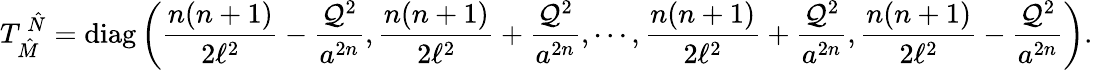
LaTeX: T_{\hat{M}}^{~\hat{N}}=\mathrm{diag}\left(\frac{n(n+1)}{2\ell^{2}}-\frac{{\cal Q}^{2}}{a^{2n}},\frac{n(n+1)}{2\ell^{2}}+\frac{{\cal Q}^{2}}{a^{2n}},\cdots,\frac{n(n+1)}{2\ell^{2}}+\frac{{\cal Q}^{2}}{a^{2n}},\frac{n(n+1)}{2\ell^{2}}-\frac{{\cal Q}^{2}}{a^{2n}}\right).